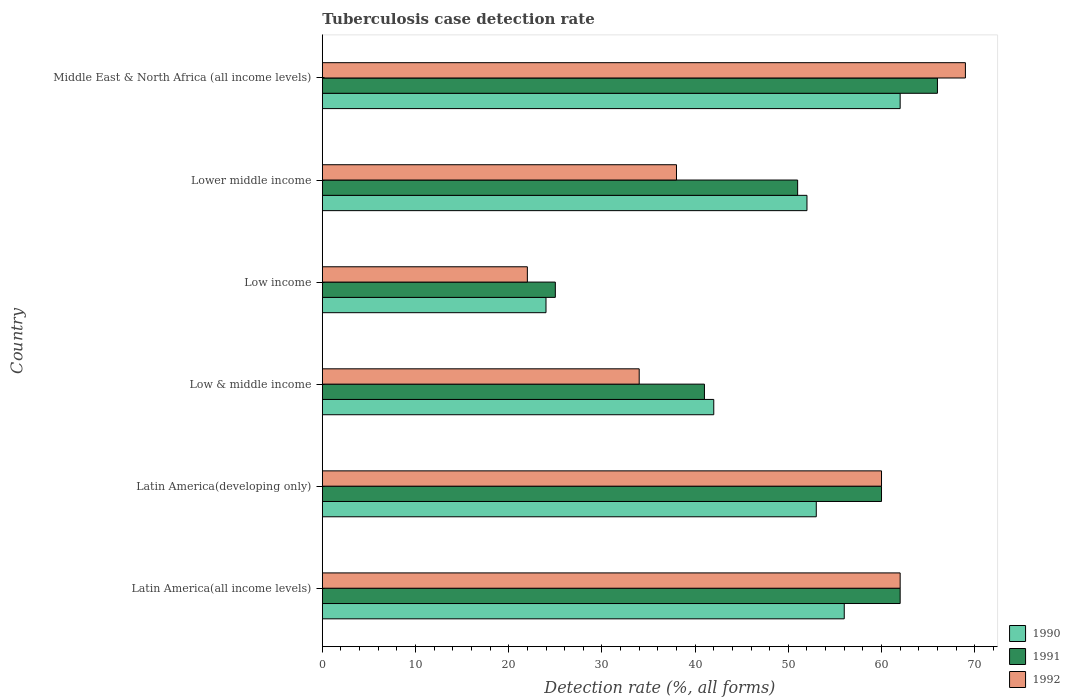
| Country | 1990 | 1991 | 1992 |
 | --- | --- | --- | --- |
 | Latin America(all income levels) | 56 | 62 | 62 |
 | Latin America(developing only) | 53 | 60 | 60 |
 | Low & middle income | 42 | 41 | 34 |
 | Low income | 24 | 25 | 22 |
 | Lower middle income | 52 | 51 | 38 |
 | Middle East & North Africa (all income levels) | 62 | 66 | 69 |